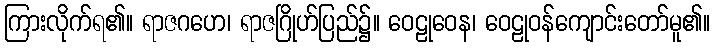
ကြားလိုက်ရ၏။ ရာဇဂဟေ၊ ရာဇဂြိုဟ်ပြည်၌။ ဝေဠုဝေန၊ ဝေဠုဝန်ကျောင်းတော်မူ၏။